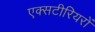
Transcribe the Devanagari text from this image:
एक्सटीरियरों